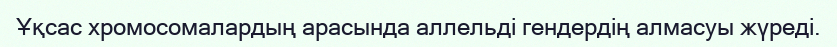
Ұқсас хромосомалардың арасында аллельді гендердің алмасуы жүреді.